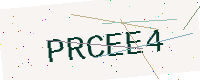
Text: PRCEE4